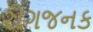
રોગજનક